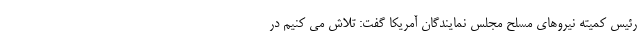
رئیس کمیته نیروهای مسلح مجلس نمایندگان آمریکا گفت: تلاش می کنیم در